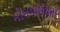
મોનમાઉથના